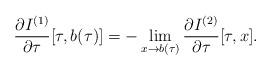
LaTeX: \begin{align*} \frac{\partial I^{(1)}}{\partial \tau} [\tau, b(\tau)] = - \lim_{x\rightarrow b(\tau)} \frac{\partial I^{(2)}}{\partial \tau} [\tau,x].\end{align*}